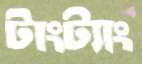
টাংট্যাং